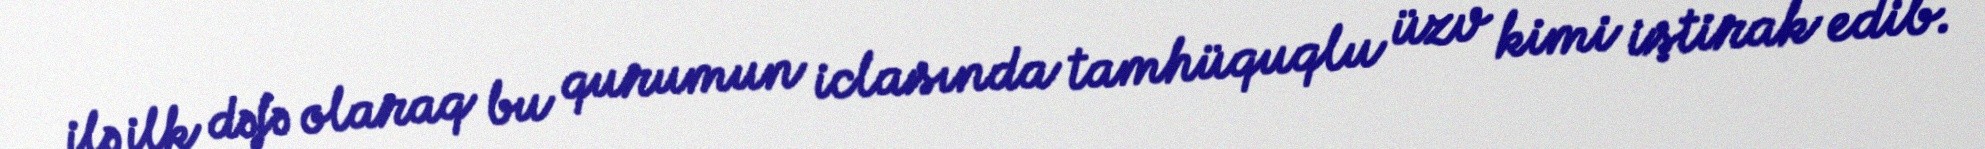
ilə ilk dəfə olaraq bu qurumun iclasında tamhüquqlu üzv kimi iştirak edib.